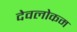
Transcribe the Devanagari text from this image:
देवलोकम